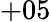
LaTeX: +05